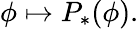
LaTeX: \phi\mapsto P_{*}(\phi).